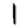
Digit: 1